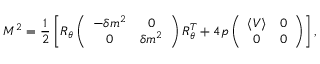
{ \cal M } ^ { 2 } = { \frac { 1 } { 2 } } \left[ R _ { \theta } \left( \begin{array} { c c } { { - \delta m ^ { 2 } } } & { { 0 } } \\ { { 0 } } & { { \delta m ^ { 2 } } } \end{array} \right) R _ { \theta } ^ { T } + 4 p \left( \begin{array} { c c } { { \langle V \rangle } } & { { 0 } } \\ { { 0 } } & { { 0 } } \end{array} \right) \right] ,